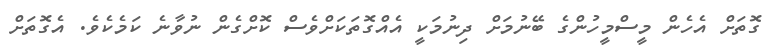
ގޮތަށް އެހެން މީސްމީހުންގެ ބޭނުމަށް ދިނުމަކީ އެއްގޮތަކަށްވެސް ކޮށްގެން ނުވާނެ ކަމެކެވެ. އެގޮތަށް